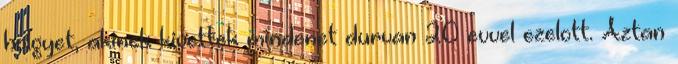
holgyet, akinek kivettek mindenet durvan 20 evvel ezelott. Aztan